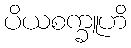
ပိယစက္ခူဟိ